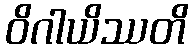
ဝိဂါယိဿတိ